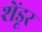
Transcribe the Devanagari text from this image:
शेंडूर